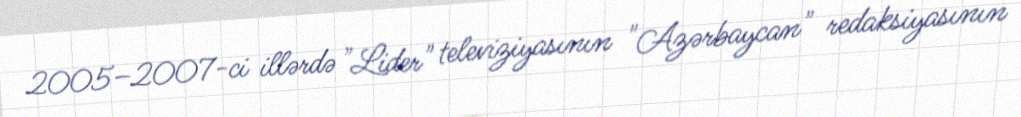
2005–2007-ci illərdə "Lider" televiziyasının "Azərbaycan" redaksiyasının